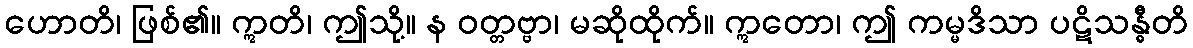
ဟောတိ၊ ဖြစ်၏။ ဣတိ၊ ဤသို့။ န ဝတ္တဗ္ဗာ၊ မဆိုထိုက်။ ဣတော၊ ဤ ကမ္မဒိသာ ပဋိသန္ဓီတိ